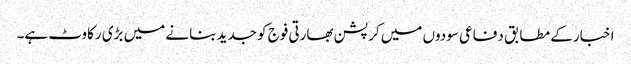
اخبار کے مطابق دفاعی سودوں میں کرپشن بھارتی فوج کو جدید بنانے میں بڑی رکاوٹ ہے۔